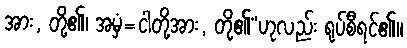
အား, တို့၏၊ အမှံ=ငါတို့အား, တို့၏”ဟုလည်း ရုပ်စီရင်၏။